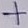
Text: +